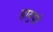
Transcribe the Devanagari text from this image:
हायुपो